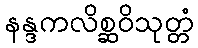
နန္ဒကလိစ္ဆဝိသုတ္တံ